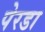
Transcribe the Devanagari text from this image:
पेरडा